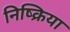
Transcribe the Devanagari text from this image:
निष्‍क्रिया